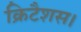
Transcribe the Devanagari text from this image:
क्रिटैशस।